Document type: Sale
Year: 1440
Scribe: Pere Pau Pujades
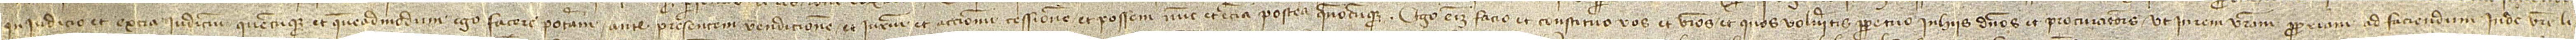
in iudicio et extra iudicium, quecumque et quemadmodum ego facere poteram ante presentem vendicionem et iurium et accionum cessionem, et possem nunc et etiam postea quandocumque. Ego enim facio et constituo vos et vestros et quos volueritis perpetuo in hiis dominos et procuratores ut in rem vestram propriam, ad faciendum inde vestre li-